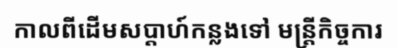
កាលពីដើមសប្តាហ៍កន្លងទៅ មន្ត្រីកិច្ចការ